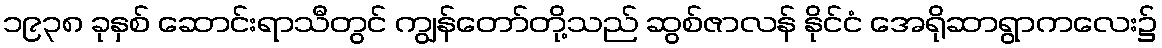
၁၉၃၈ ခုနှစ် ဆောင်းရာသီတွင် ကျွန်တော်တို့သည် ဆွစ်ဇာလန် နိုင်ငံ အေရိုဆာရွာကလေး၌